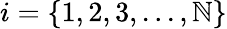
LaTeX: i=\left\{ 1,2,3,...,\mathbb{N}\right\}